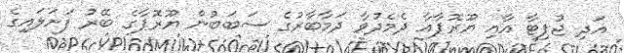
އަދި ޖުޕިޓާ އާއި ޔޫރޮޕާއާ ދެމެދުވާ ދަމާބާރުގެ ސަބަބުން ޔޫރޮޕާގެ ބޭރު ފަށަލައިގެ